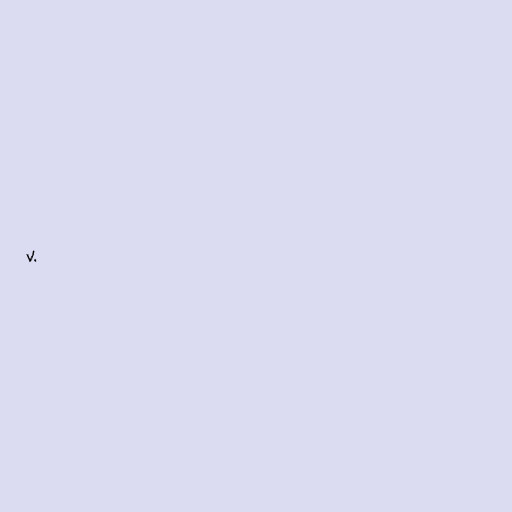
V.